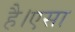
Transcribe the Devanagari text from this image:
है।एसा